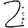
Digit: 2